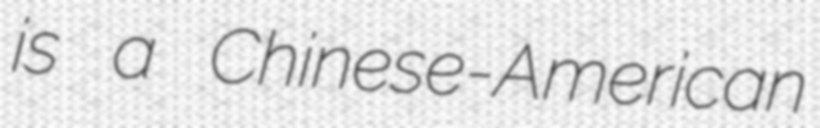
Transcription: is a Chinese-American